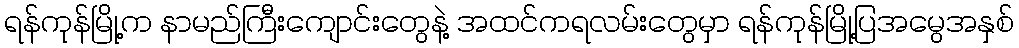
ရန်ကုန်မြို့က နာမည်ကြီးကျောင်းတွေနဲ့ အထင်ကရလမ်းတွေမှာ ရန်ကုန်မြို့ပြအမွေအနှစ်